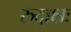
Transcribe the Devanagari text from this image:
रुद्राक्षः